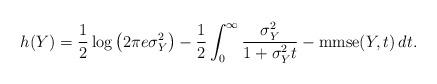
LaTeX: \begin{align*} h(Y) = \frac12 \log\left( 2\pi e \sigma_Y^2 \right) - \frac12 \int_0^\infty \frac{\sigma_Y^2}{1+\sigma_Y^2 t} - \mathrm{mmse}(Y,t) \, dt.\end{align*}